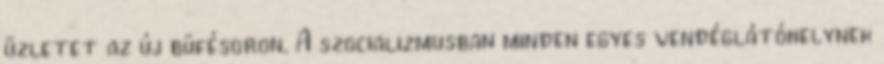
üzletet az új büfésoron. A szocializmusban minden egyes vendéglátóhelynek